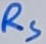
Text: RS